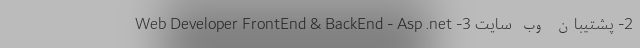
2- پشتیبان وب سایت 3- Web Developer FrontEnd & BackEnd - Asp .net